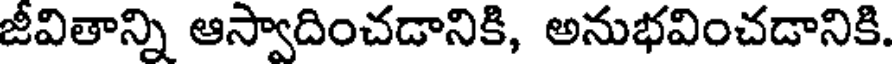
జీవితాన్ని ఆస్వాదించడానికి, అనుభవించడానికి.